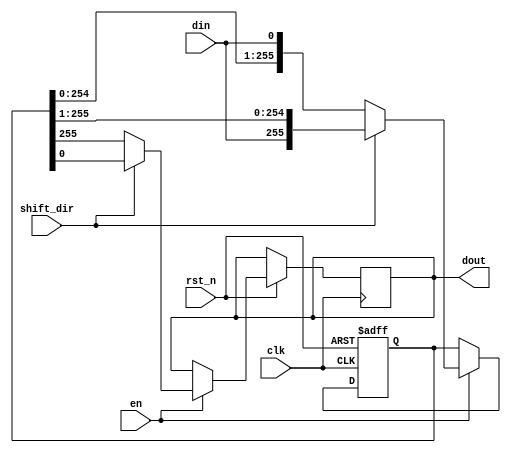
`timescale 1ns/1ps

// 256-bit SISO Shift Register Implementation in Verilog
module shift_register_256(
    input wire clk,        // Clock Signal
    input wire rst_n,      // Active-Low Reset
    input wire en,         // Enable Signal
    input wire din,        // 1-bit Data Input
    input wire shift_dir,  // Shift Direction (0 for left, 1 for right)
    output reg dout        // 1-bit Data Output
);

    // Initialize the 256-bit internal shift register
    reg [255:0] shift_reg = 256'd0;

    // Clock Sensitive Process
    always @(posedge clk or negedge rst_n) begin
        if (!rst_n) begin
            // Reset the shift register when reset signal is active
            shift_reg <= 256'd0;
        end else if (en) begin
            // Perform shift operation when enabled
            if (shift_dir == 0) begin
                // Left-Shift Operation
                shift_reg <= {shift_reg[254:0], din};
            end else begin
                // Right-Shift Operation
                shift_reg <= {din, shift_reg[255:1]};
            end
            dout <= shift_dir ? shift_reg[0] : shift_reg[255];
        end
    end

endmodule